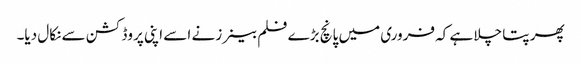
پھر پتا چلا ہے کہ فروری میں پانچ بڑے فلم بینرز نے اسے اپنی پروڈکشن سے نکال دیا۔